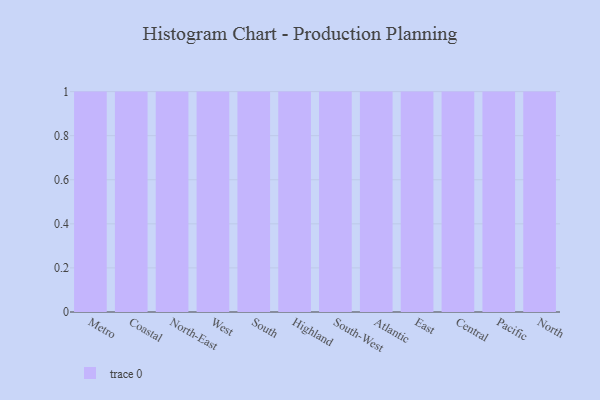
{"axis": {"x": "Region", "y": "LTV (USD)"}, "legend": [""], "data": [{"x": "Metro", "y": 74, "type": ""}, {"x": "Coastal", "y": 11, "type": ""}, {"x": "North-East", "y": 87, "type": ""}, {"x": "West", "y": 85, "type": ""}, {"x": "South", "y": 49, "type": ""}, {"x": "Highland", "y": 55, "type": ""}, {"x": "South-West", "y": 95, "type": ""}, {"x": "Atlantic", "y": 55, "type": ""}, {"x": "East", "y": 93, "type": ""}, {"x": "Central", "y": 50, "type": ""}, {"x": "Pacific", "y": 46, "type": ""}, {"x": "North", "y": 80, "type": ""}]}